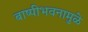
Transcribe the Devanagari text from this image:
बाष्पीभवनामुळे